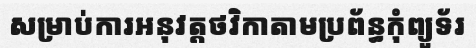
សម្រាប់ការអនុវត្តថវិកាតាមប្រព័ន្ធកុំព្យូទ័រ